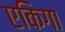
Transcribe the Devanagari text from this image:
एकिगा